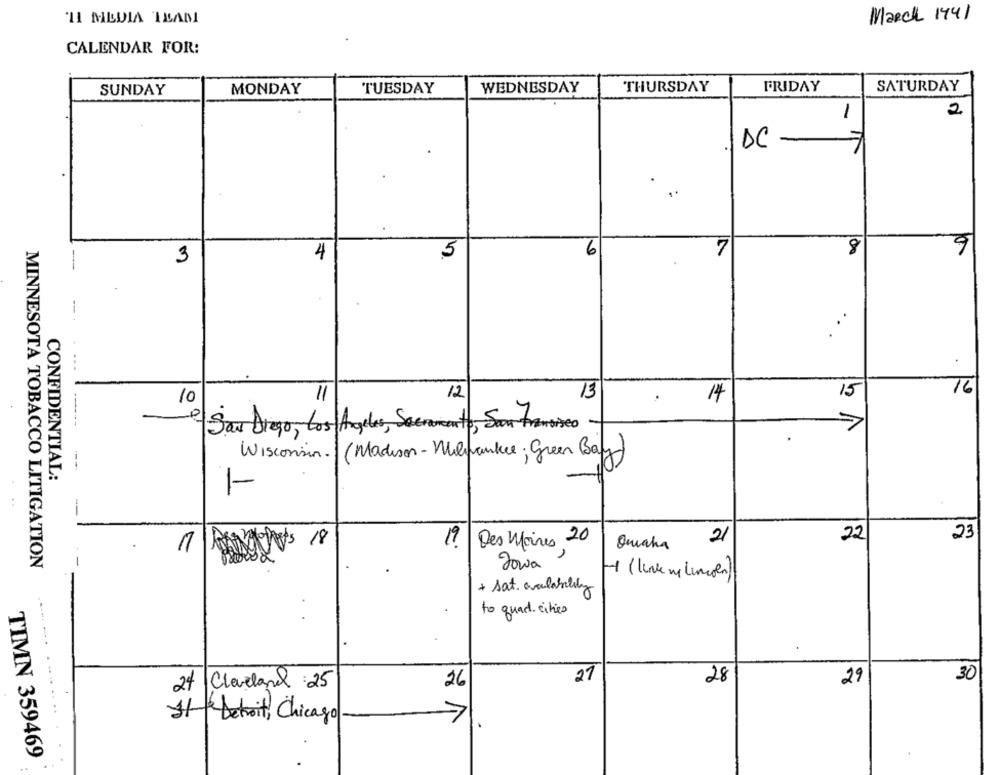
'11 MEDIA TEAM
March 1441
CALENDAR FOR:
SUNDAY
MONDAY
TUESDAY
WEDNESDAY
THURSDAY
FRIDAY
SATURDAY
-
2
DC
6
8
4
5
6
7
3
..
12
13
15
16
10
11
14
- San Diego, Los Angeles, Secomento, San francisco
Wisconsin . ( Madison - Milwaukee ; Green Bay
CONFIDENTIAL:
1-
-
22
21
23
18
1? Des Maires 20
Omaha
MINNESOTA TOBACCO LITIGATION
1
Towa
-1 (link my Lincoln)
+ sat. availability
to quad cities
26
27
28
29
30
24 Cleveland 25
Detroit, Chicago
TIMN 359469